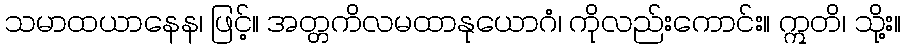
သမာထယာနေန၊ ဖြင့်။ အတ္တကိလမထာနုယောဂံ၊ ကိုလည်းကောင်း။ ဣတိ၊ သို့း။